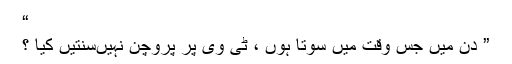
“
” دن میں جس وقت میں سوتا ہوں ، ٹی وی پر پروچن نہیںسنتیں کیا ؟